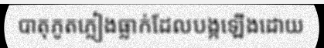
បាតុភូតភ្លៀងធ្លាក់ដែលបង្កឡើងដោយ